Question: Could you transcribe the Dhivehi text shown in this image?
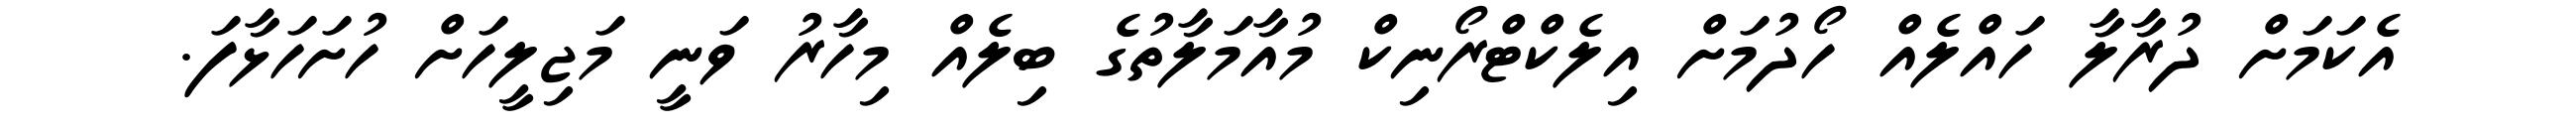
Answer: އެކަމަށް ދުރާލާ ހައްލެއް ހޯދުމަށް އިލެކްޓްރޯނިކް މުއާމަލާތުގެ ބިލެއް މިހާރު ވަނީ މަޖިލީހަށް ހުށަހަޅާފަ.